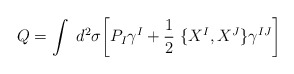
\begin{align*}Q=\int~d^2\sigma\biggl[ P_I\gamma^I+\frac{1}{2}~\lbrace X^I,X^J\rbrace\gamma^{IJ}\biggr]\end{align*}